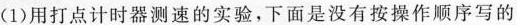
(1)用打点计时器测速的实验，下面是没有按操作顺序写的